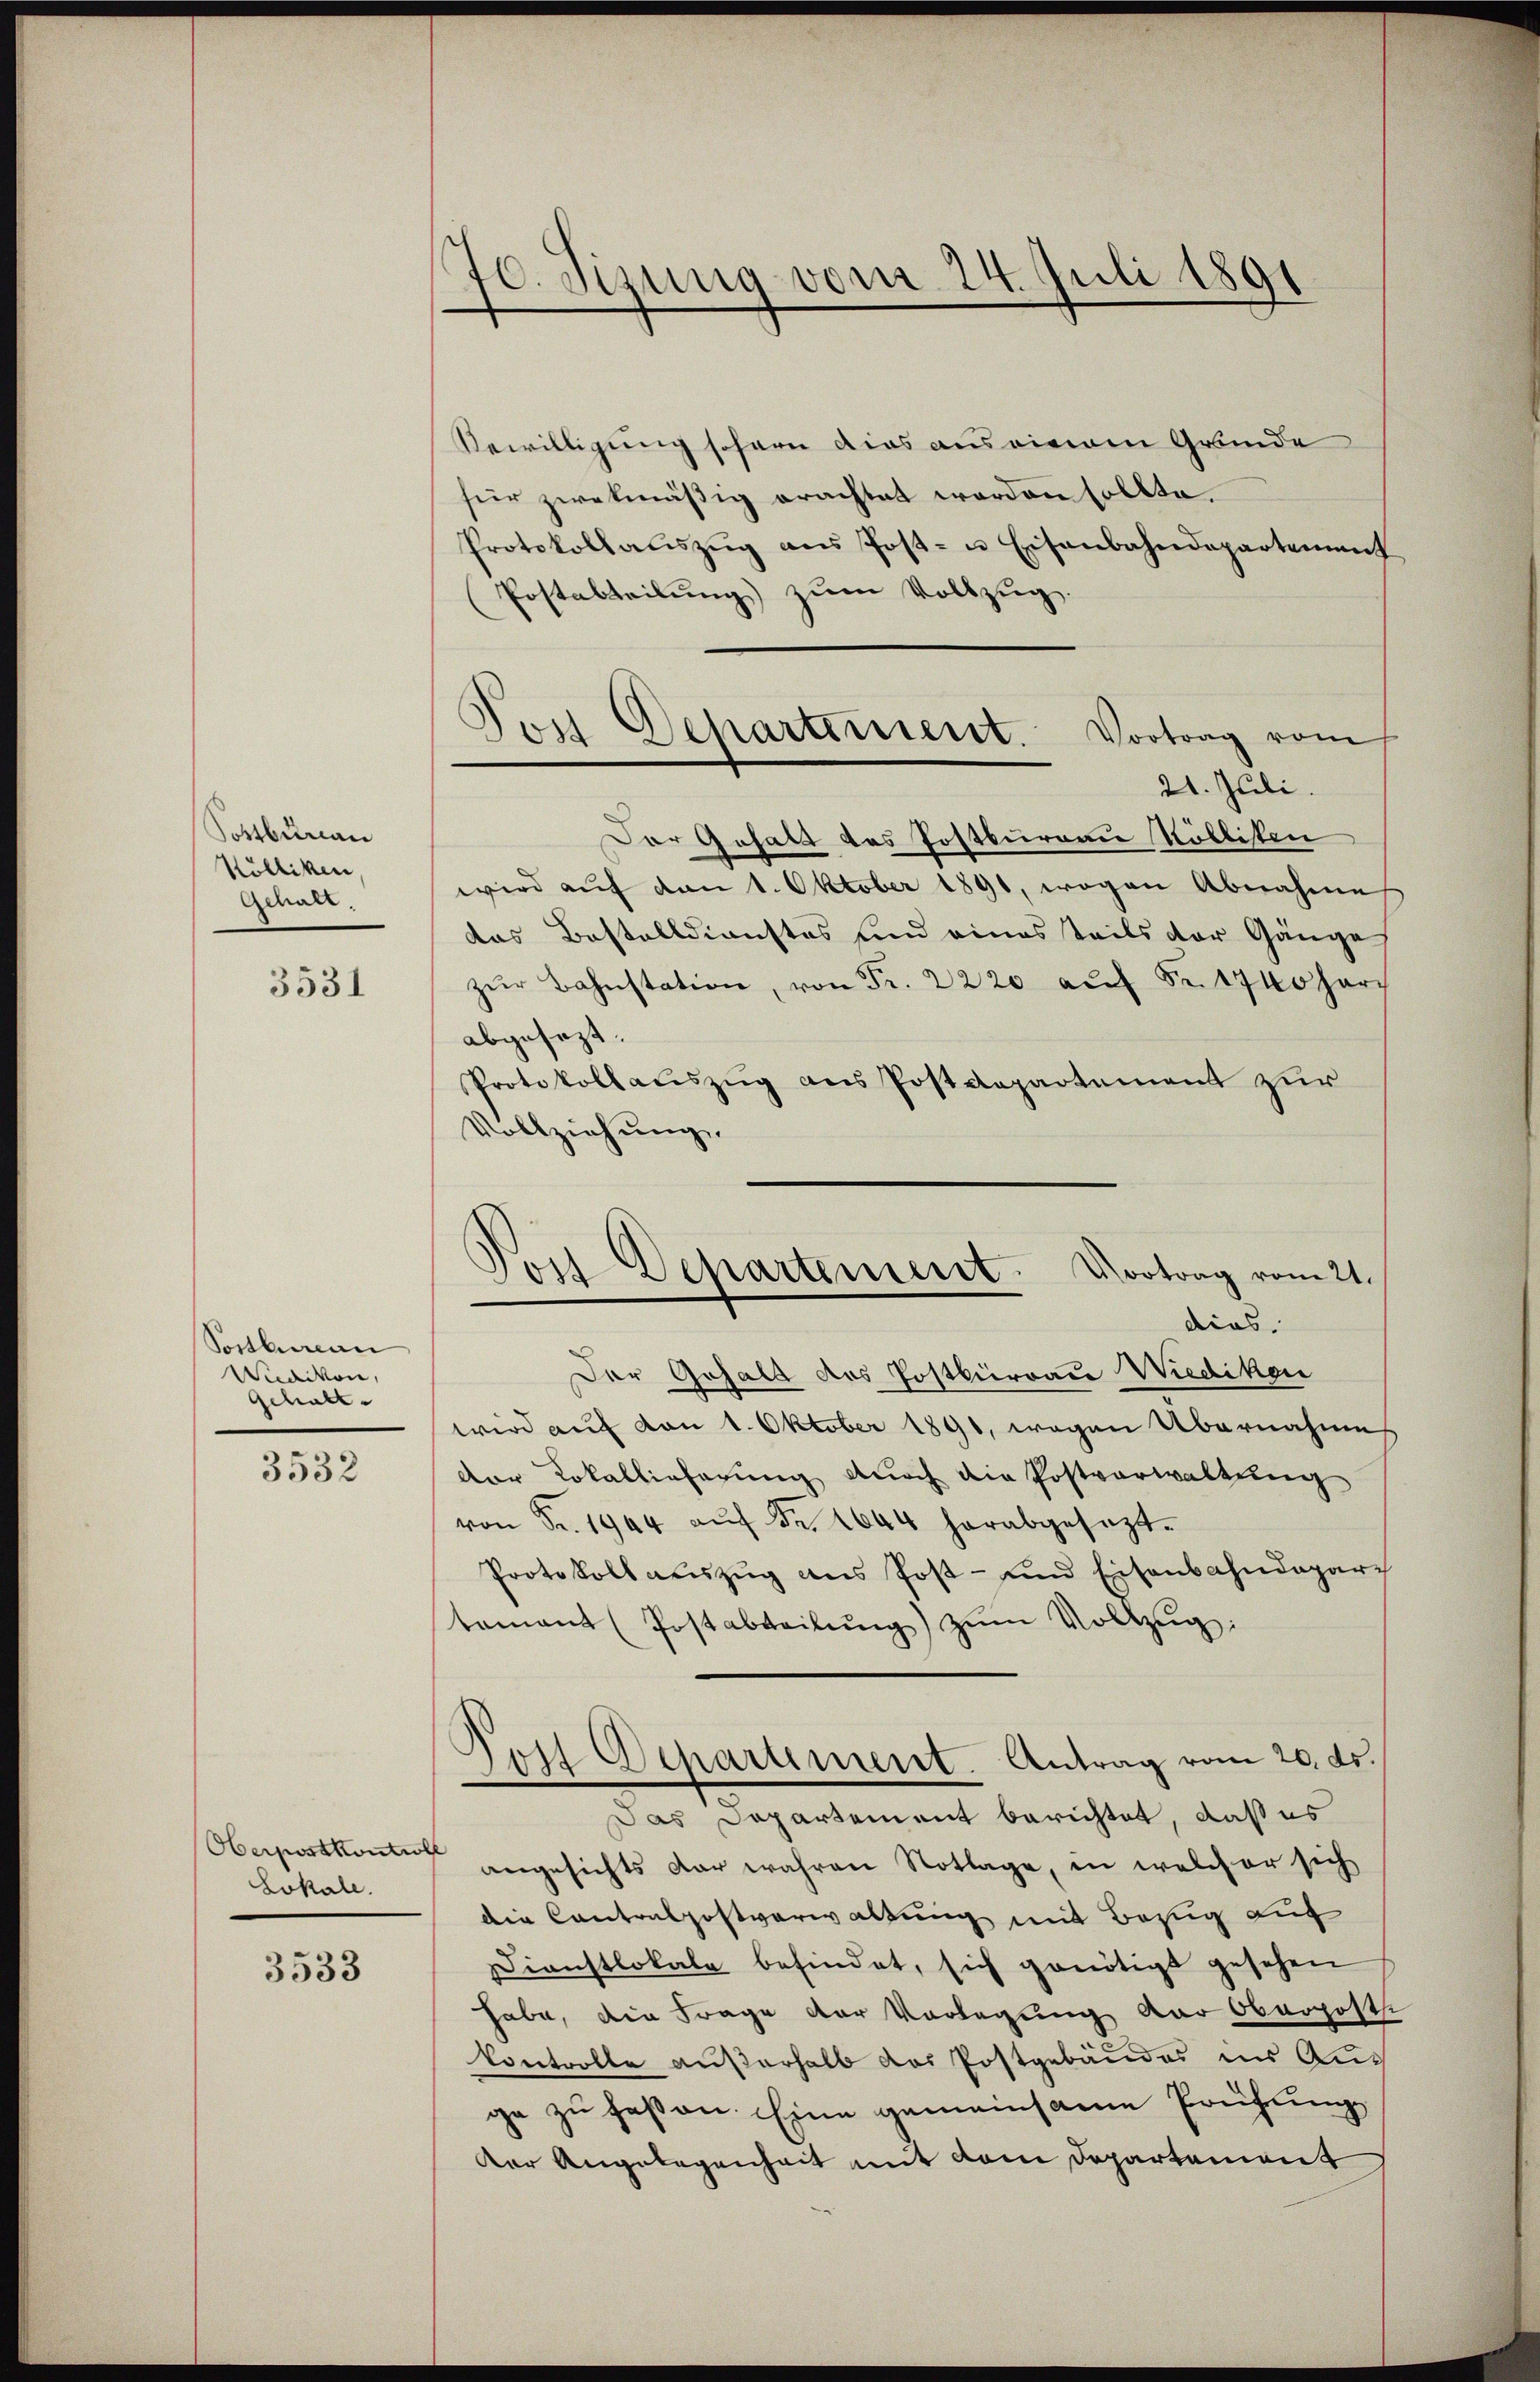
Postbureau
Kölliken,
Gehalt.

3531

Sostbureau
Muaiten,
gchalt

3532

Lokale.

3533

70. Sizung vom 24. Juli 1891

Bewilligung sofern dies aus einem Grunde
für zwekmäßig erachtet worden sollte.
Protokollaŭszŭg ans Post- u Eisenbahndepartement
Postabteilung) zum Vollzug.
21. Juli.
Der Gehalt des Postbureau Köllisten
wird auf den 1. Oktober 1891, wegen Abnahme
das Bestelldienstes und eines teils der Gänge
zŭr Bahnstation, von Fr. 2220 aŭf Fr. 1740 harr
abgesezt.
Protokollauszug aus Postdepartement zur
Vollziehung.
Der Gehalt des Postbürrau Wiedikon
wird auf von 1. Oktober 1891, wegen Übernahme
der Lokallieferung durch die Postverwaltung
von Fr. 1944 aŭf Fr. 1644 herabgesezt.
Protokoll auszug aus Post- und Eisenbahndaparch
tamant (Postabteilŭng zŭm Vollzŭg.
Post Departement. Antrag vom 20. ds.
Das Departement berichtet, daß es
Oberportkommen angesichts dar wahren Notlage, in welcher sich
die Cantonspostverwaltung mit Bezug auf
Dienstlokale befindet, sich genötigt gesehen
habe, die Frage der Vorlegung der Oberposts
Controlle außerhalb das Postgebäudes in Aus
ge zu faßen. Eine gemeinsame Prüfung
der Angelegenheit mit dem Departement

Jos Departement. Vortrag vom

Pois Departement. Vortrag vom 21.
dias.